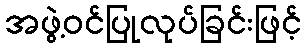
အဖွဲ့ဝင်ပြုလုပ်ခြင်းဖြင့်